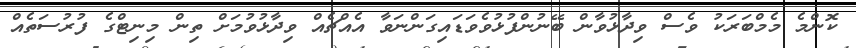
ކޮންމެ މެމްބަރަކު ވެސް ވިދާޅުވާން ބޭނުންފުޅުވެވަޑައިގަންނަވާ އެއްޗެއް ވިދާޅުވުމަށް ތިން މިނިޓްގެ ފުރުސަތެއް